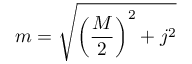
{ } m = { \sqrt { \left( { \frac { M } { 2 } } \right) ^ { 2 } + j ^ { 2 } } }